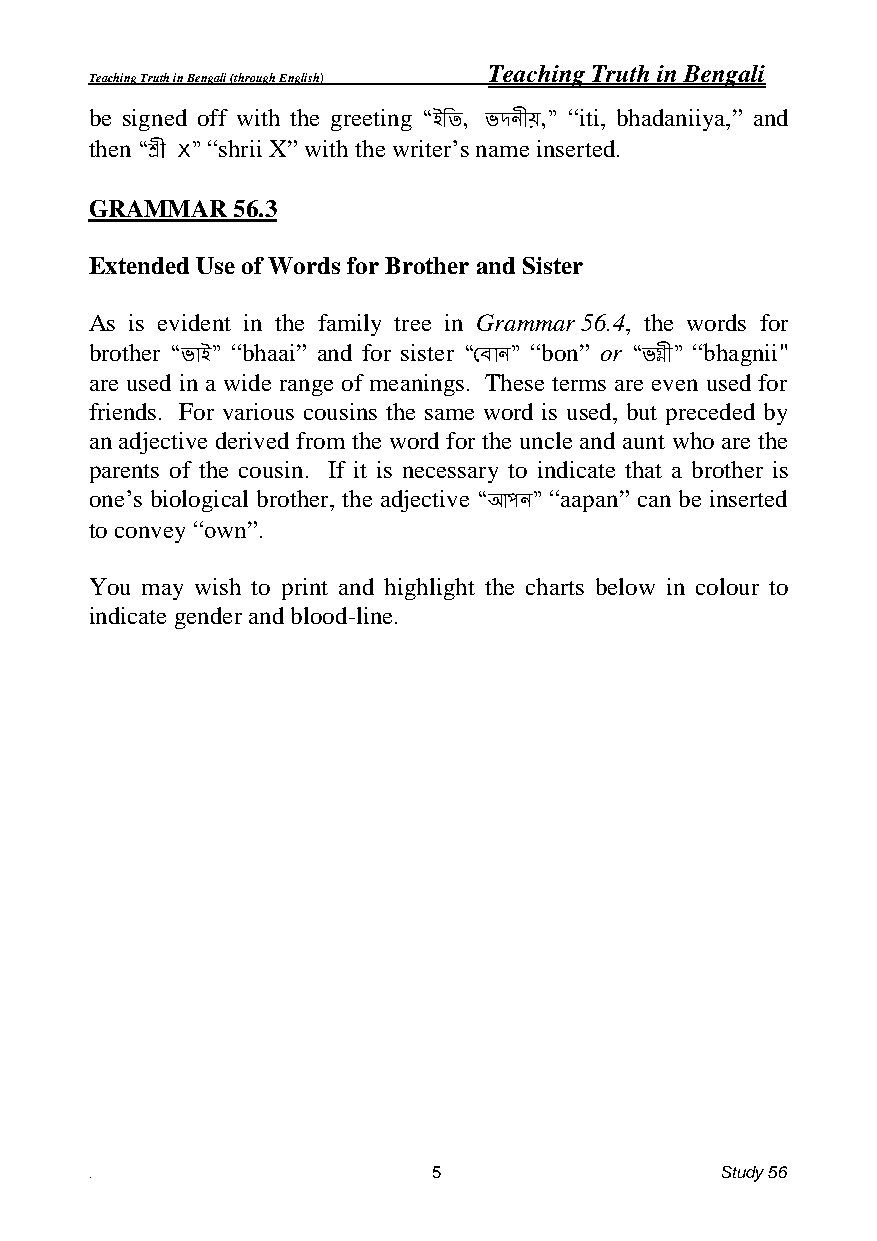
Teaching Truth in Bengali
 Teaching Truth in Bengali (through English)
 be signed off with the greeting “iti, bhadaniiya,” and
 “ইিত, ভেনীে,”
 then    “shrii X” with the writer’s name inserted.
 “শ্রী X”
 GRAMMAR  56.3
 Extended Use of Words for Brother and Sister
 As is evident in the family tree in Grammar 56.4, the words for
 brother  “bhaai” and for sister “bon” or “bhagnii"
 “ভাই”               “ছ ান”     “ভগ্নী”
 are used in a wide range of meanings. These terms are even used for
 friends. For various cousins the same word is used, but preceded by
 an adjective derived from the word for the uncle and aunt who are the
 parents of the cousin. If it is necessary to indicate that a brother is
 one’s biological brother, the adjective “aapan” can be inserted
 “আপন”
 to convey “own”.
 You may wish to print and highlight the charts below in colour to
 indicate gender and blood-line.
 .                      5                  Study 56